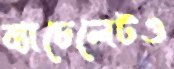
ব্যাচেলেটও